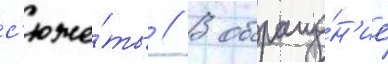
с'юже́ты // В обраще́н'ие